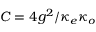
C = 4 g ^ { 2 } / \kappa _ { e } \kappa _ { o }